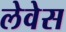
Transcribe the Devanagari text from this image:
लेवेस